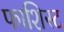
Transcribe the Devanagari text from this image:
फाशिस्ट